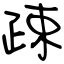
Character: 疎